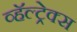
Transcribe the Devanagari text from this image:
व्हॅल्ट्रेक्स